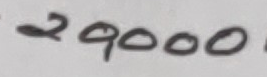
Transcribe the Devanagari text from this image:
२९०००